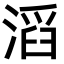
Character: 滔